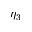
\eta _ { 3 }